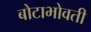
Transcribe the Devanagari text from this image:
बोटाभोवती